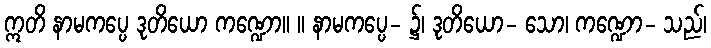
ဣတိ နာမကပ္ပေ ဒုတိယော ကဏ္ဍော။ ။ နာမကပ္ပေ- ၌၊ ဒုတိယော- သော၊ ကဏ္ဍော- သည်၊